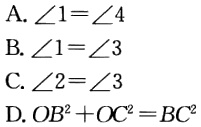
A. $\angle1 = \angle4$
B. $\angle1=\angle3$
C. $\angle2=\angle3$
D. $OB^{2}+OC^{2}=BC^{2}$